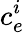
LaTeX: c_{e}^{i}